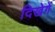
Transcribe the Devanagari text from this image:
दिखेगें